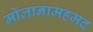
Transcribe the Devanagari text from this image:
मोलानामहमद